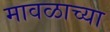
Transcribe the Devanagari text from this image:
मावळाच्या